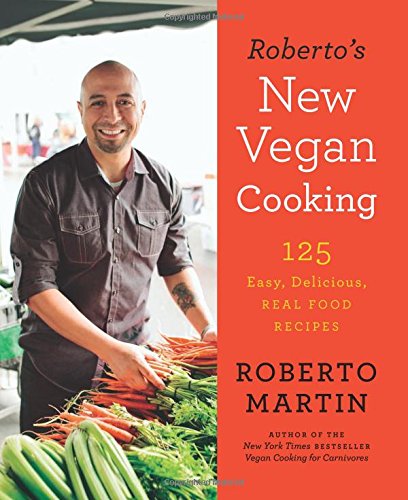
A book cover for Roberto's New Vegan Cooking: 125 Easy, Delicious, Real Food Recipes; Roberto Martin; Cookbooks, Food & Wine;